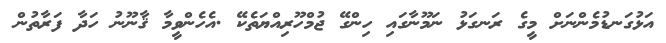
އަޅުގަނޑުމެންނަށް މީގެ ރަނގަޅު ނަމޫނާގައި ހިންގޭ ޖުމްހޫރިއްޔަތެކޭ .އެހެންވީމާ ޤާނޫނު ހަދާ ފަރާތުން